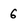
Character: 6